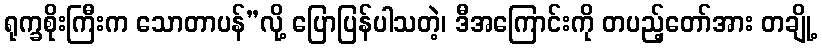
ရုက္ခစိုးကြီးက သောတာပန်”လို့ ပြောပြန်ပါသတဲ့၊ ဒီအကြောင်းကို တပည့်တော်အား တချို့